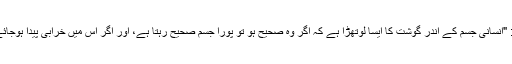
رسول اللہ ﷺ سے روایت ہے کہ: "انسانی جسم کے اندر گوشت کا ایسا لوتھڑا ہے کہ اگر وہ صحیح ہو تو پورا جسم صحیح رہتا ہے، اور اگر اس میں خرابی پیدا ہوجائے تو پورا جسم خراب ہوجاتا ہے۔